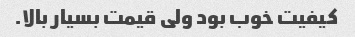
کیفیت خوب بود ولی قیمت بسیار بالا.